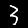
Digit: 3